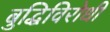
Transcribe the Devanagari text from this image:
बुद्धिविरोधी